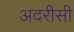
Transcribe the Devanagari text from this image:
अदरीसी